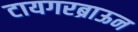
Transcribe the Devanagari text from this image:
टायगरब्राऊन